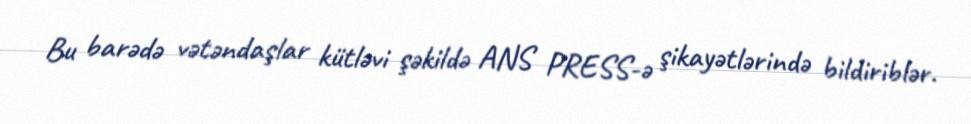
Bu barədə vətəndaşlar kütləvi şəkildə ANS PRESS-ə şikayətlərində bildiriblər.